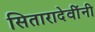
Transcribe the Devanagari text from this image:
सितारादेवींनी